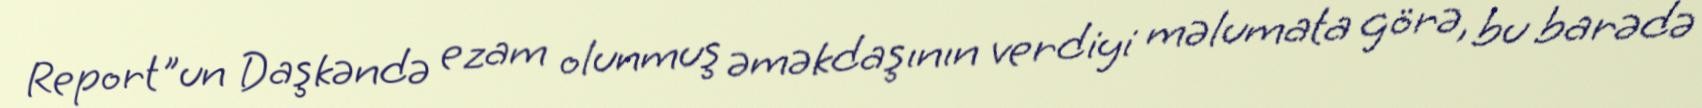
Report"un Daşkəndə ezam olunmuş əməkdaşının verdiyi məlumata görə, bu barədə